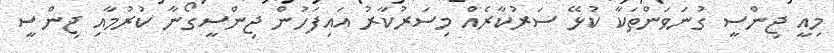
މިއީ ޖިންސީ ގުނަވަންތަކާ ކުޅޭ ސަރުކާރެއް މިސަރުކާރު އައިފަހުން ޖިންސީގޯނާ ކުރުމާއި ޖިންސީ